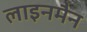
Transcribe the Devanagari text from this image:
लाइनमैन